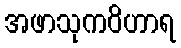
အဖာသုကဝိဟာရ